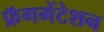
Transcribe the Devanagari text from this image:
फ्रॅगमेंटेशन